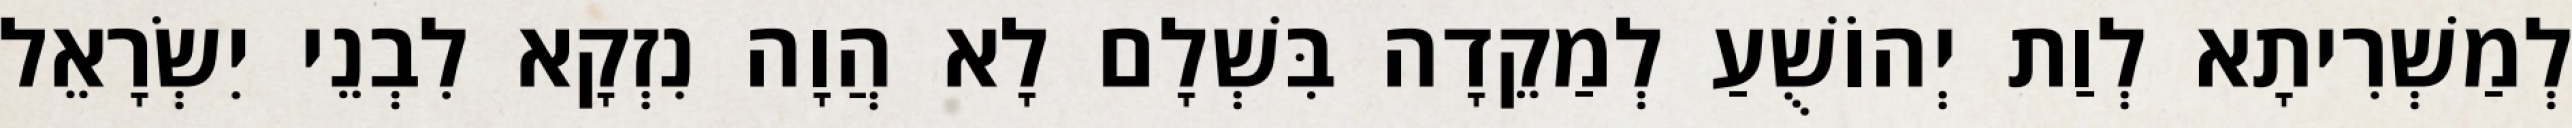
לְמַשְׁרִיתָא לְוַת יְהוֹשֻׁעַ לְמַקֵדָה בִּשְׁלָם לָא הֲוָה נִזְקָא לִבְנֵי יִשְׂרָאֵל